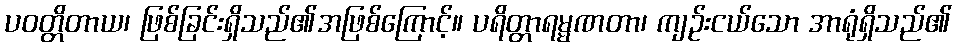
ပဝတ္တိတာယ၊ ဖြစ်ခြင်းရှိသည်၏အဖြစ်ကြောင့်။ ပရိတ္တာရမ္မဏတာ၊ ကျဉ်းငယ်သော အာရုံရှိသည်၏